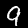
Digit: 9